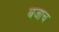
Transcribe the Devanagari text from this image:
बजाच